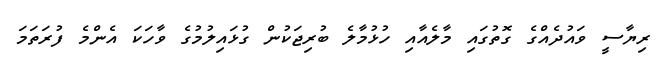
ރިޔާސީ ވައުދެއްގެ ގޮތުގައި މާލެއާއި ހުޅުމާލެ ބުރިޖަކުން ގުޅައިލުމުގެ ވާހަކަ އެންމެ ފުރަތަމަ